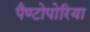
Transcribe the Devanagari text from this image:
पैण्टोपोरिया